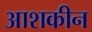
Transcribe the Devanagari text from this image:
आशकीन